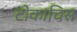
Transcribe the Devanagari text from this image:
टोकाचिस